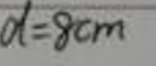
$d = 8cm$